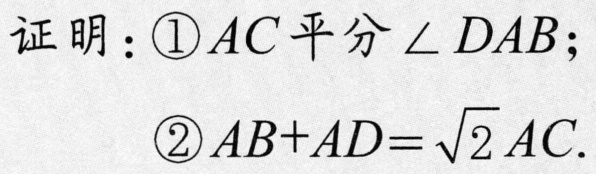
证明：\textcircled{1}$AC$平分$\angle DAB$；
\textcircled{2}$AB + AD = \sqrt{2}AC$.